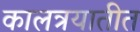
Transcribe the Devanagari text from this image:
कालत्रयातीत